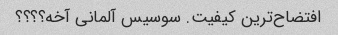
افتضاح‌ترین کیفیت. سوسیس آلمانی آخه؟؟؟؟